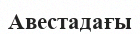
Авестадағы